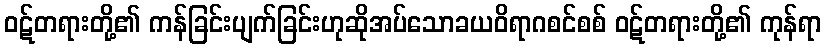
ဝဋ်တရားတို့၏ ကန်ခြင်းပျက်ခြင်းဟုဆိုအပ်သောခယဝိရာဂစင်စစ် ဝဋ်တရားတို့၏ ကုန်ရာ